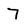
Character: 7